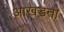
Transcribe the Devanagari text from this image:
आखडता